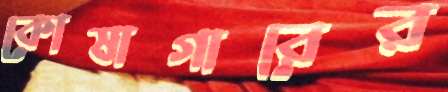
কোষাগারের